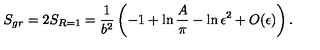
S _ { g r } = 2 S _ { R = 1 } = { \frac { 1 } { b ^ { 2 } } } \left( - 1 + \ln { { \frac { A } { \pi } } } - \ln \epsilon ^ { 2 } + O ( \epsilon ) \right) .